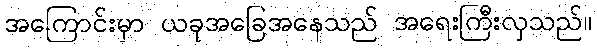
အကြောင်းမှာ ယခုအခြေအနေသည် အရေးကြီးလှသည်။